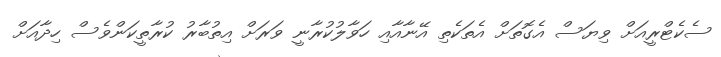
ސެކެޓްރީއަށް ވިޔަސް އެގޮތަށް އެތަކެތި އޭނާއާއި ހަވާލުކުރާނީ ވަރަށް އިތުބާރު ކުރާތީކަންވެސް ހިދާއަށް